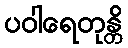
ပဝါရေတုန္တိ